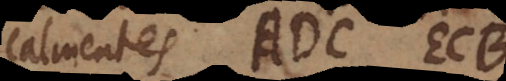
Calmentes ADC ECB